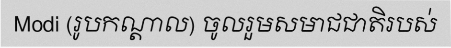
Modi (រូបកណ្តាល) ចូលរួមសមាជជាតិរបស់